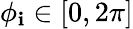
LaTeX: \phi_{\mathbf{i}}\in[0,2\pi]